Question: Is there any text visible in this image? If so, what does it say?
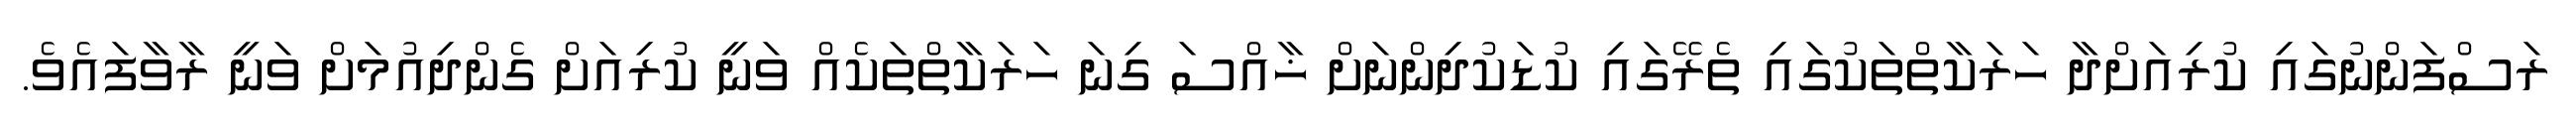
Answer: ރަސްފަންނުގައި ކުރިއަށްދާ ހަރަކާތްތަކުގައި ތެރޭގައި ކުޑަކުދިންނަށް ޚާއްސަ ގިނަ ހަރަކާތްތަކެއް ވަނީ ކުރިއަށް ގެންދިއުމަށް ވަނީ ރާވާފައެވެ.